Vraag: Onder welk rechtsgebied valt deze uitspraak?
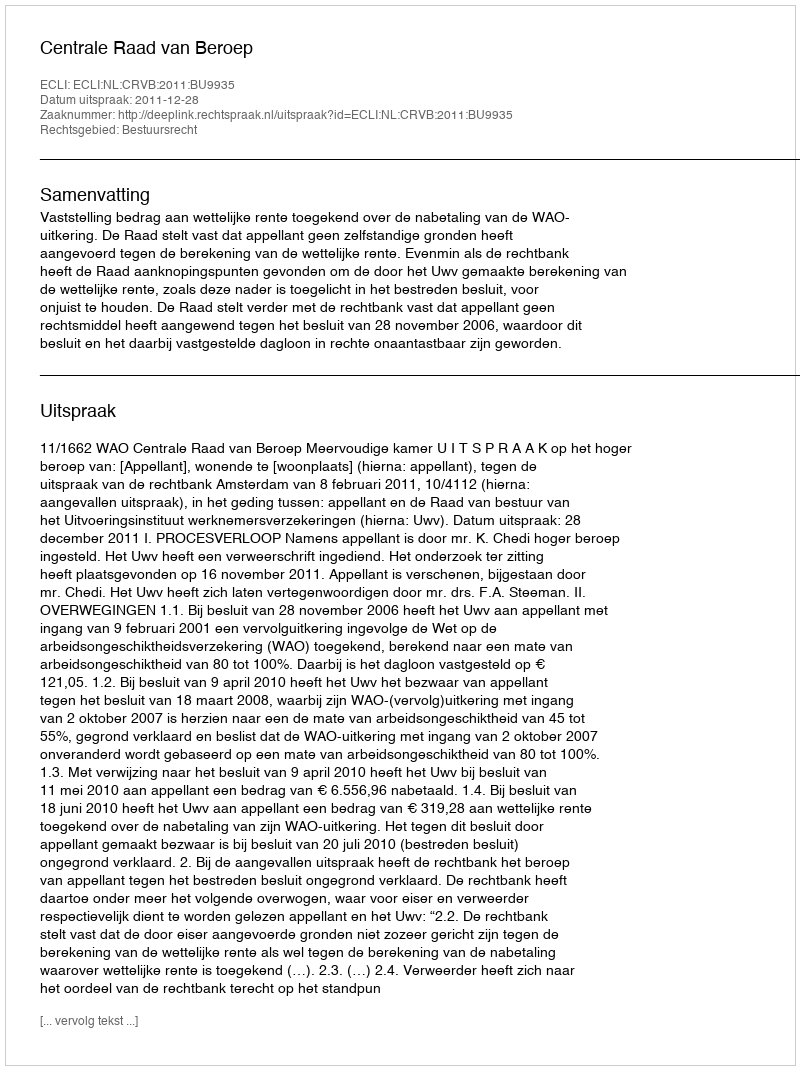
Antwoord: Bestuursrecht